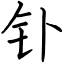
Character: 钋